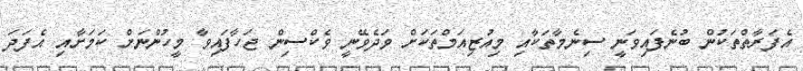
އެފަރާތްތަކުން ބުނެފައިވަނީ ސިނެމާތަކާއި މިއުޒިއަމްތަކަށް ވަދެވޭނީ ވެކްސިން ޖަހާފައިވާ މީހުންނަށް ކަމަށާއި އެފަދަ